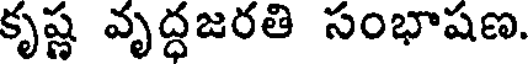
కృష్ణ వృద్ధజరతి సంభాషణ.